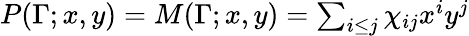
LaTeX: \begin{array}{r}{P(\Gamma;x,y)=M(\Gamma;x,y)=\sum_{i\leq j}\chi_{ij}x^{i}y^{j}}\end{array}